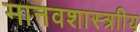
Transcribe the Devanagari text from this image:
मानवशास्त्राीय